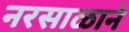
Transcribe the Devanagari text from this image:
नरसाळाने